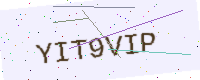
Text: YIT9VIP